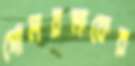
গোলরক্ষকের